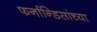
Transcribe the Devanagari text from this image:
फर्नान्डिसांच्या